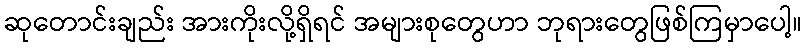
ဆုတောင်းချည်း အားကိုးလို့ရှိရင် အများစုတွေဟာ ဘုရားတွေဖြစ်ကြမှာပေါ့။